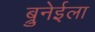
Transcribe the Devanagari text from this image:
ब्रुनेईला